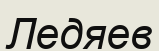
Ледяев